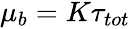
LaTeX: \begin{array}{r}{\mu_{b}=K\tau_{tot}}\end{array}